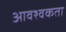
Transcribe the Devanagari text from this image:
आवश्वकता